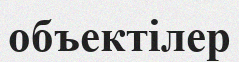
объектілер